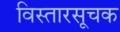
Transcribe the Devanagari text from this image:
विस्तारसूचक